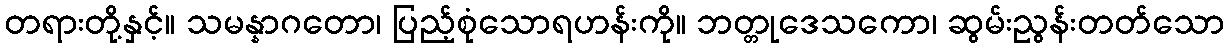
တရားတို့နှင့်။ သမန္နာဂတော၊ ပြည့်စုံသောရဟန်းကို။ ဘတ္တုဒေသကော၊ ဆွမ်းညွန်းတတ်သော